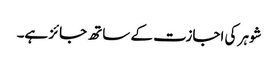
شوہر کی اجازت کے ساتھ جائز ہے۔